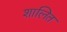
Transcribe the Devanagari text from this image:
शालित